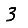
Digit: 3